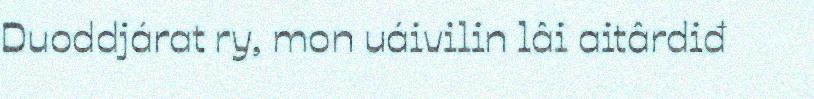
Duoddjárat ry, mon uáivilin lâi aitârdiđ